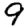
Digit: 9